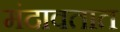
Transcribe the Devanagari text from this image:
मंदावतात